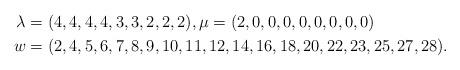
LaTeX: \begin{align*} \lambda &= (4,4,4,4,3,3,2,2,2), \mu = (2,0,0,0,0,0,0,0,0) \\ w &= (2, 4, 5, 6, 7, 8, 9, 10, 11, 12, 14, 16, 18, 20, 22, 23, 25, 27, 28). \end{align*}